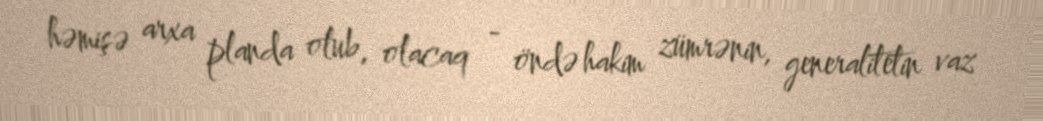
həmişə arxa planda olub, olacaq - öndə hakim zümrənin, generalitetin vaz